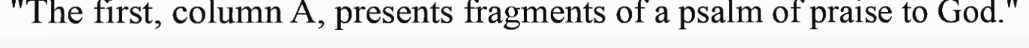
"The first, column A, presents fragments of a psalm of praise to God."